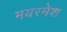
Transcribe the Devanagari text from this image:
मयरमेश